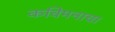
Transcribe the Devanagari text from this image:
कविमनाचा